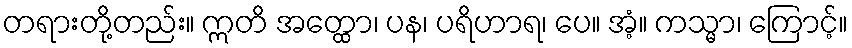
တရားတို့တည်း။ ဣတိ အတ္ထော၊ ပန၊ ပရိဟာရ၊ ပေ။ အံ့။ ကသ္မာ၊ ကြောင့်။